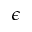
\epsilon